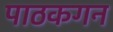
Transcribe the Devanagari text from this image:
पाठकगन